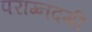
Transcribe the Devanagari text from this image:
पराग्नदगी